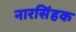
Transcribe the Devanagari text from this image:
नारसिंहक